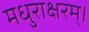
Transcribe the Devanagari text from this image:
मधुराक्षरम्‌।